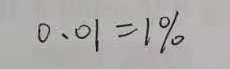
0 . 0 1 = 1 \%